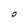
Character: O